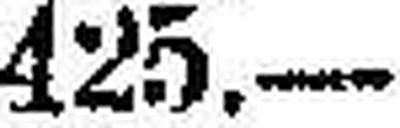
425.—